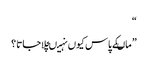
“
” ماںکے پاس کیوں نہیںچلاجاتا ؟